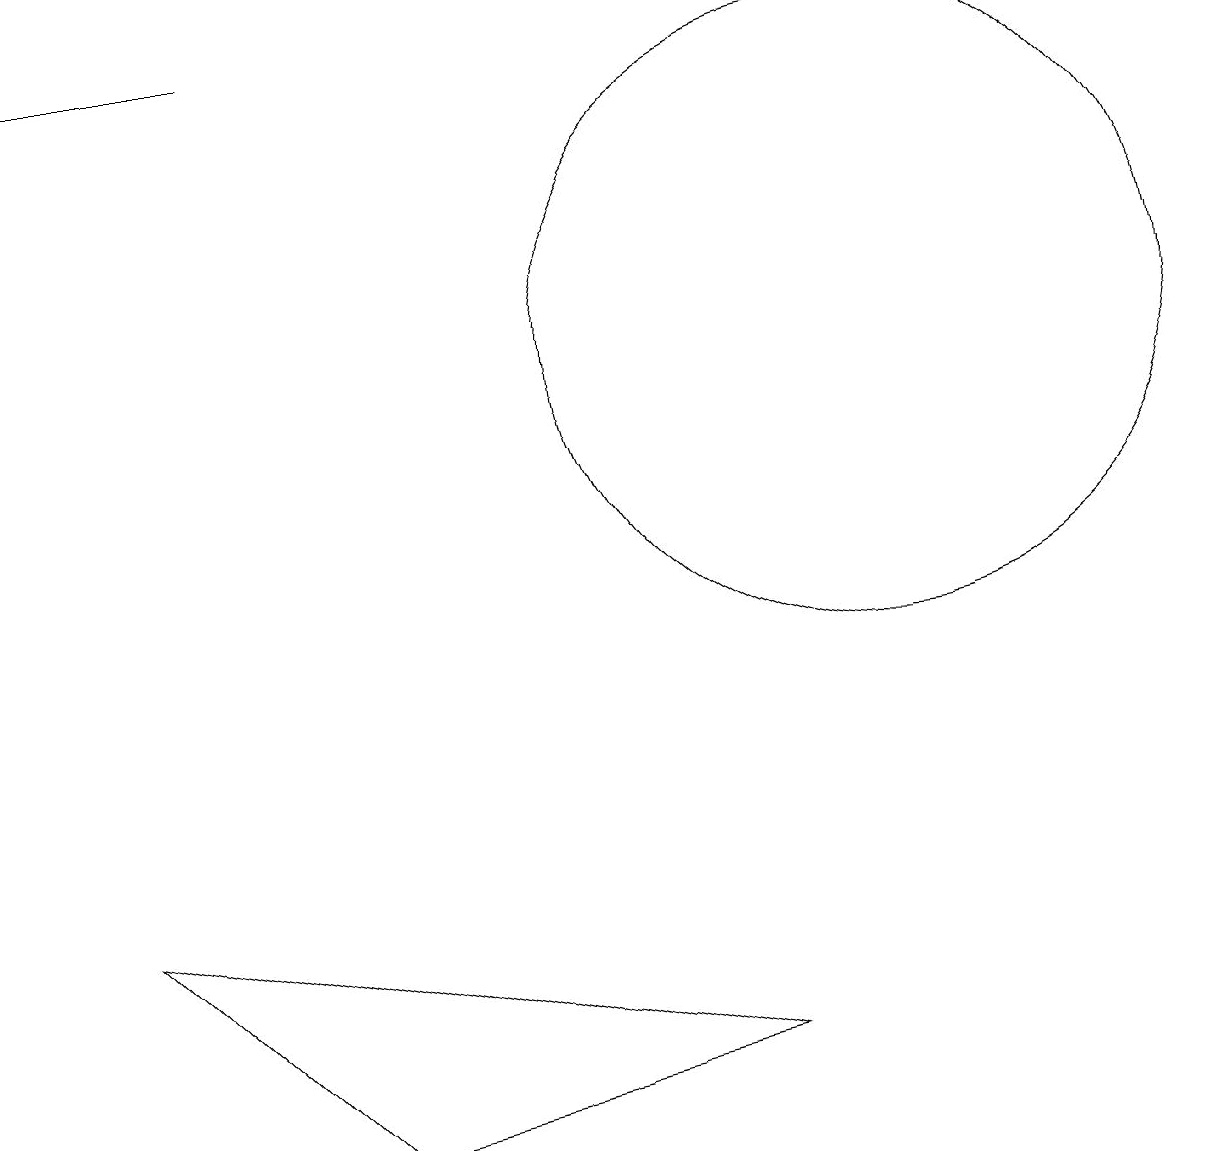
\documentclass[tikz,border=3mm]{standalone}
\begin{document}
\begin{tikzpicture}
\draw (0,15) rectangle (3,15);
\draw (9,2) -- (4,1) -- (1,4) -- cycle;
\draw (11,11) circle (4);
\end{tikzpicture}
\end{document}